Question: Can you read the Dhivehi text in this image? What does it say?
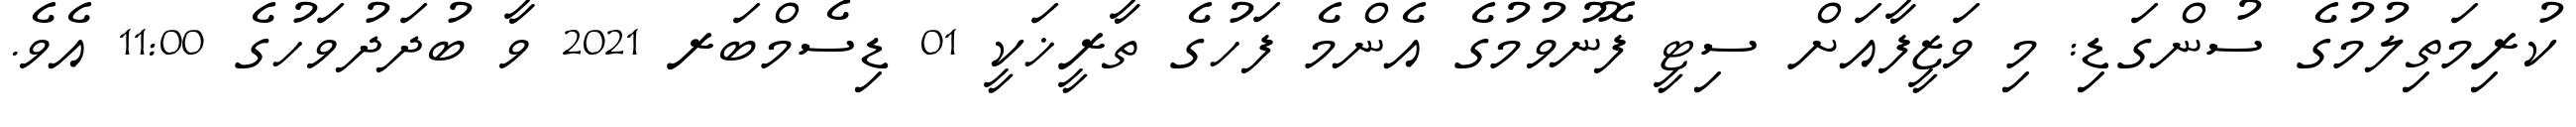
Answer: ކުރިމަތިލުމުގެ ސުންގަޑި: މި ވަޒީފާއަށް ސިޓީ ފޮނުވުމުގެ އެންމެ ފަހުގެ ތާރީޚަކީ 01 ޑިސެމްބަރ 2021 ވާ ބުދަދުވަހުގެ 11:00 އެވެ.